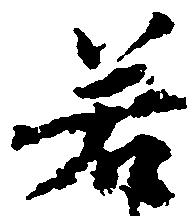
若